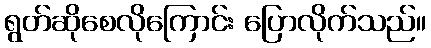
ရွတ်ဆိုစေလိုကြောင်း ပြောလိုက်သည်။